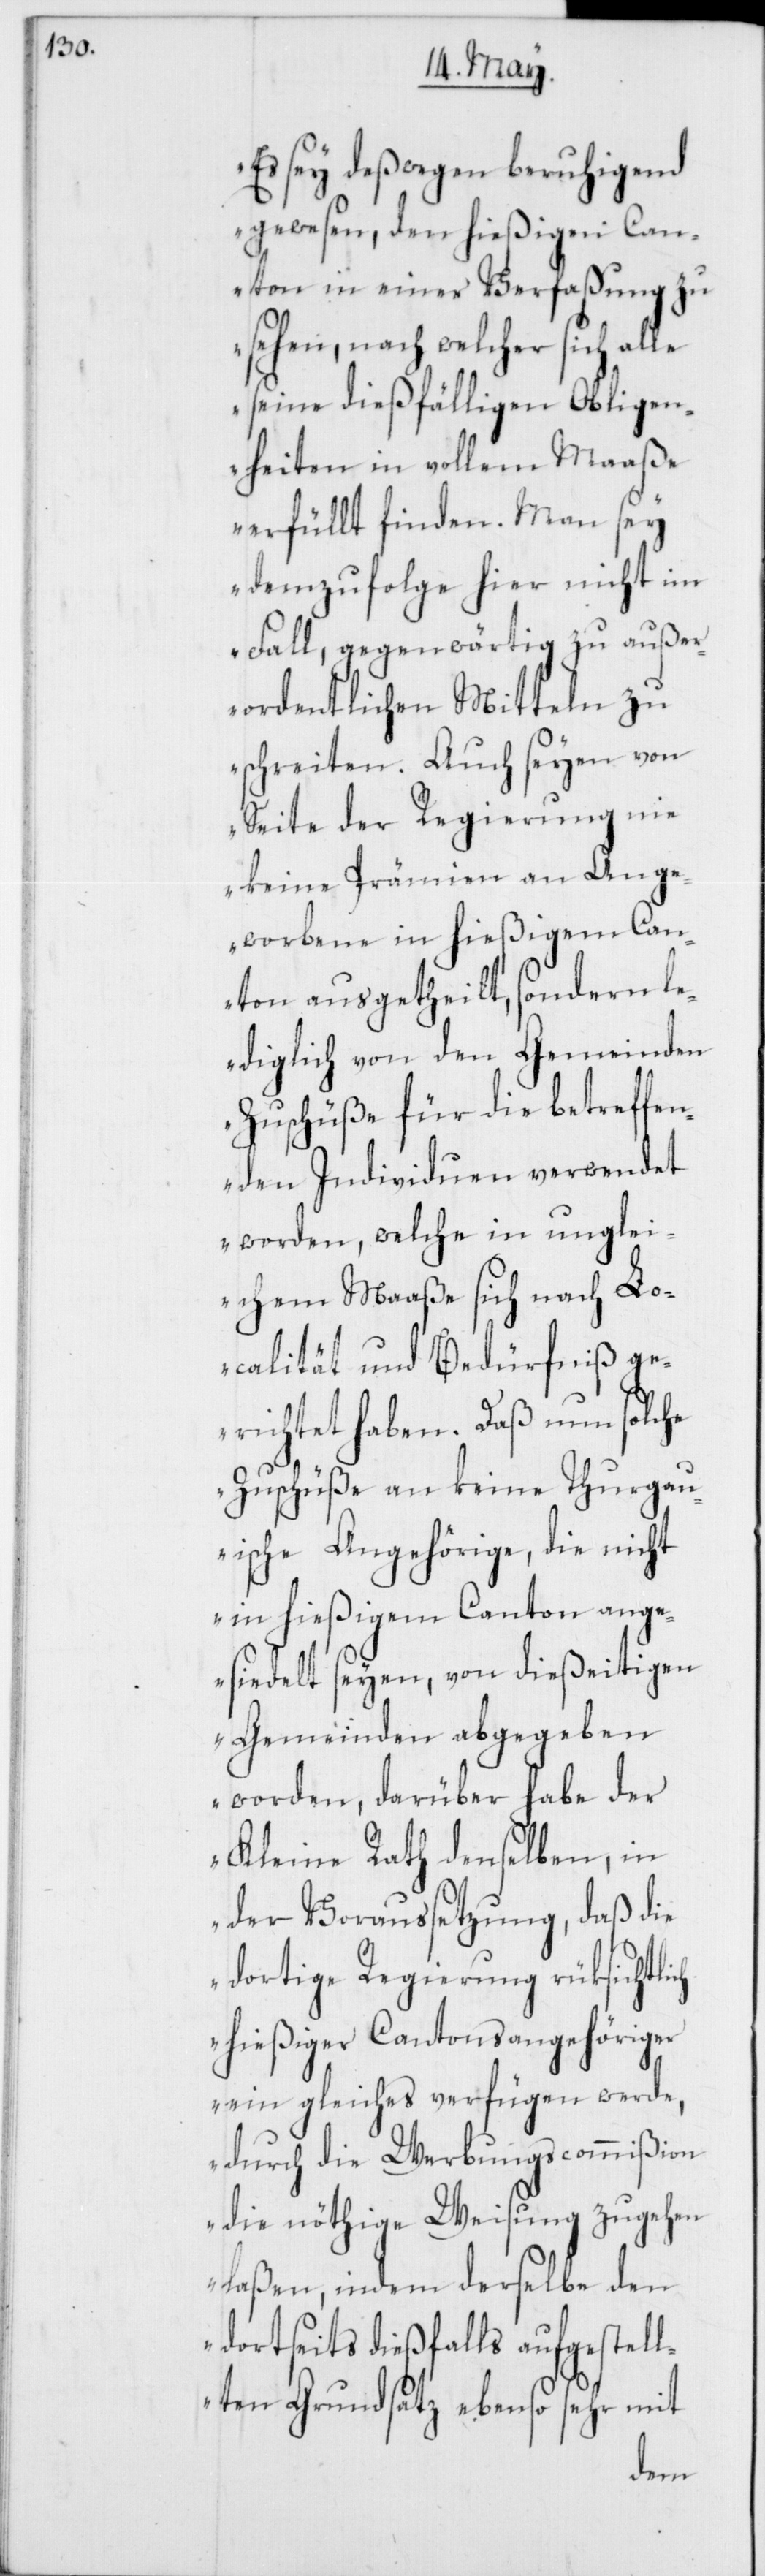
Es sey deßwegen beruhigend
gewesen, den hießigen Can¬
ton in einer Verfaßung zu
sehen, nach welcher sich alle
seine dießfälligen Obligen¬
heiten in vollem Maaße
erfüllt finden. Man sey
demzufolge hier nicht im
Fall, gegenwärtig zu außer¬
ordentlichen Mitteln zu
schreiten. Auch seyen von
Seite der Regierung nie
keine Prämien an Ange¬
worbene in hießigem Can¬
ton ausgetheilt, sondern l¬
ediglich von den Gemeinden
Zuschüße für die betreffen¬
den Individuen verwendet
worden, welche in unglei¬
chem Maaße sich nach Lo¬
calität und Bedürfniß g¬
erichtet haben. Daß nun solche
Zuschüße an keine thurgau¬
ische Angehörige, die nicht
in hießigem Canton ange¬
siedelt seyen, von dießeitigen
Gemeinden abgegeben
worden, darüber habe der
ich
Kleine Rath denselben,
der Voraussetzung, daß die
dortige Regierung rüksichtl¬
hießiger Cantonsangehöriger
ein gleiches verfügen werde,
durch die Werbungscommißion
die nöthige Weisung zugehen
laßen, indem derselbe den
dortseits dießfalls aufgestell¬
ten Grundsatz ebenso sehr mit